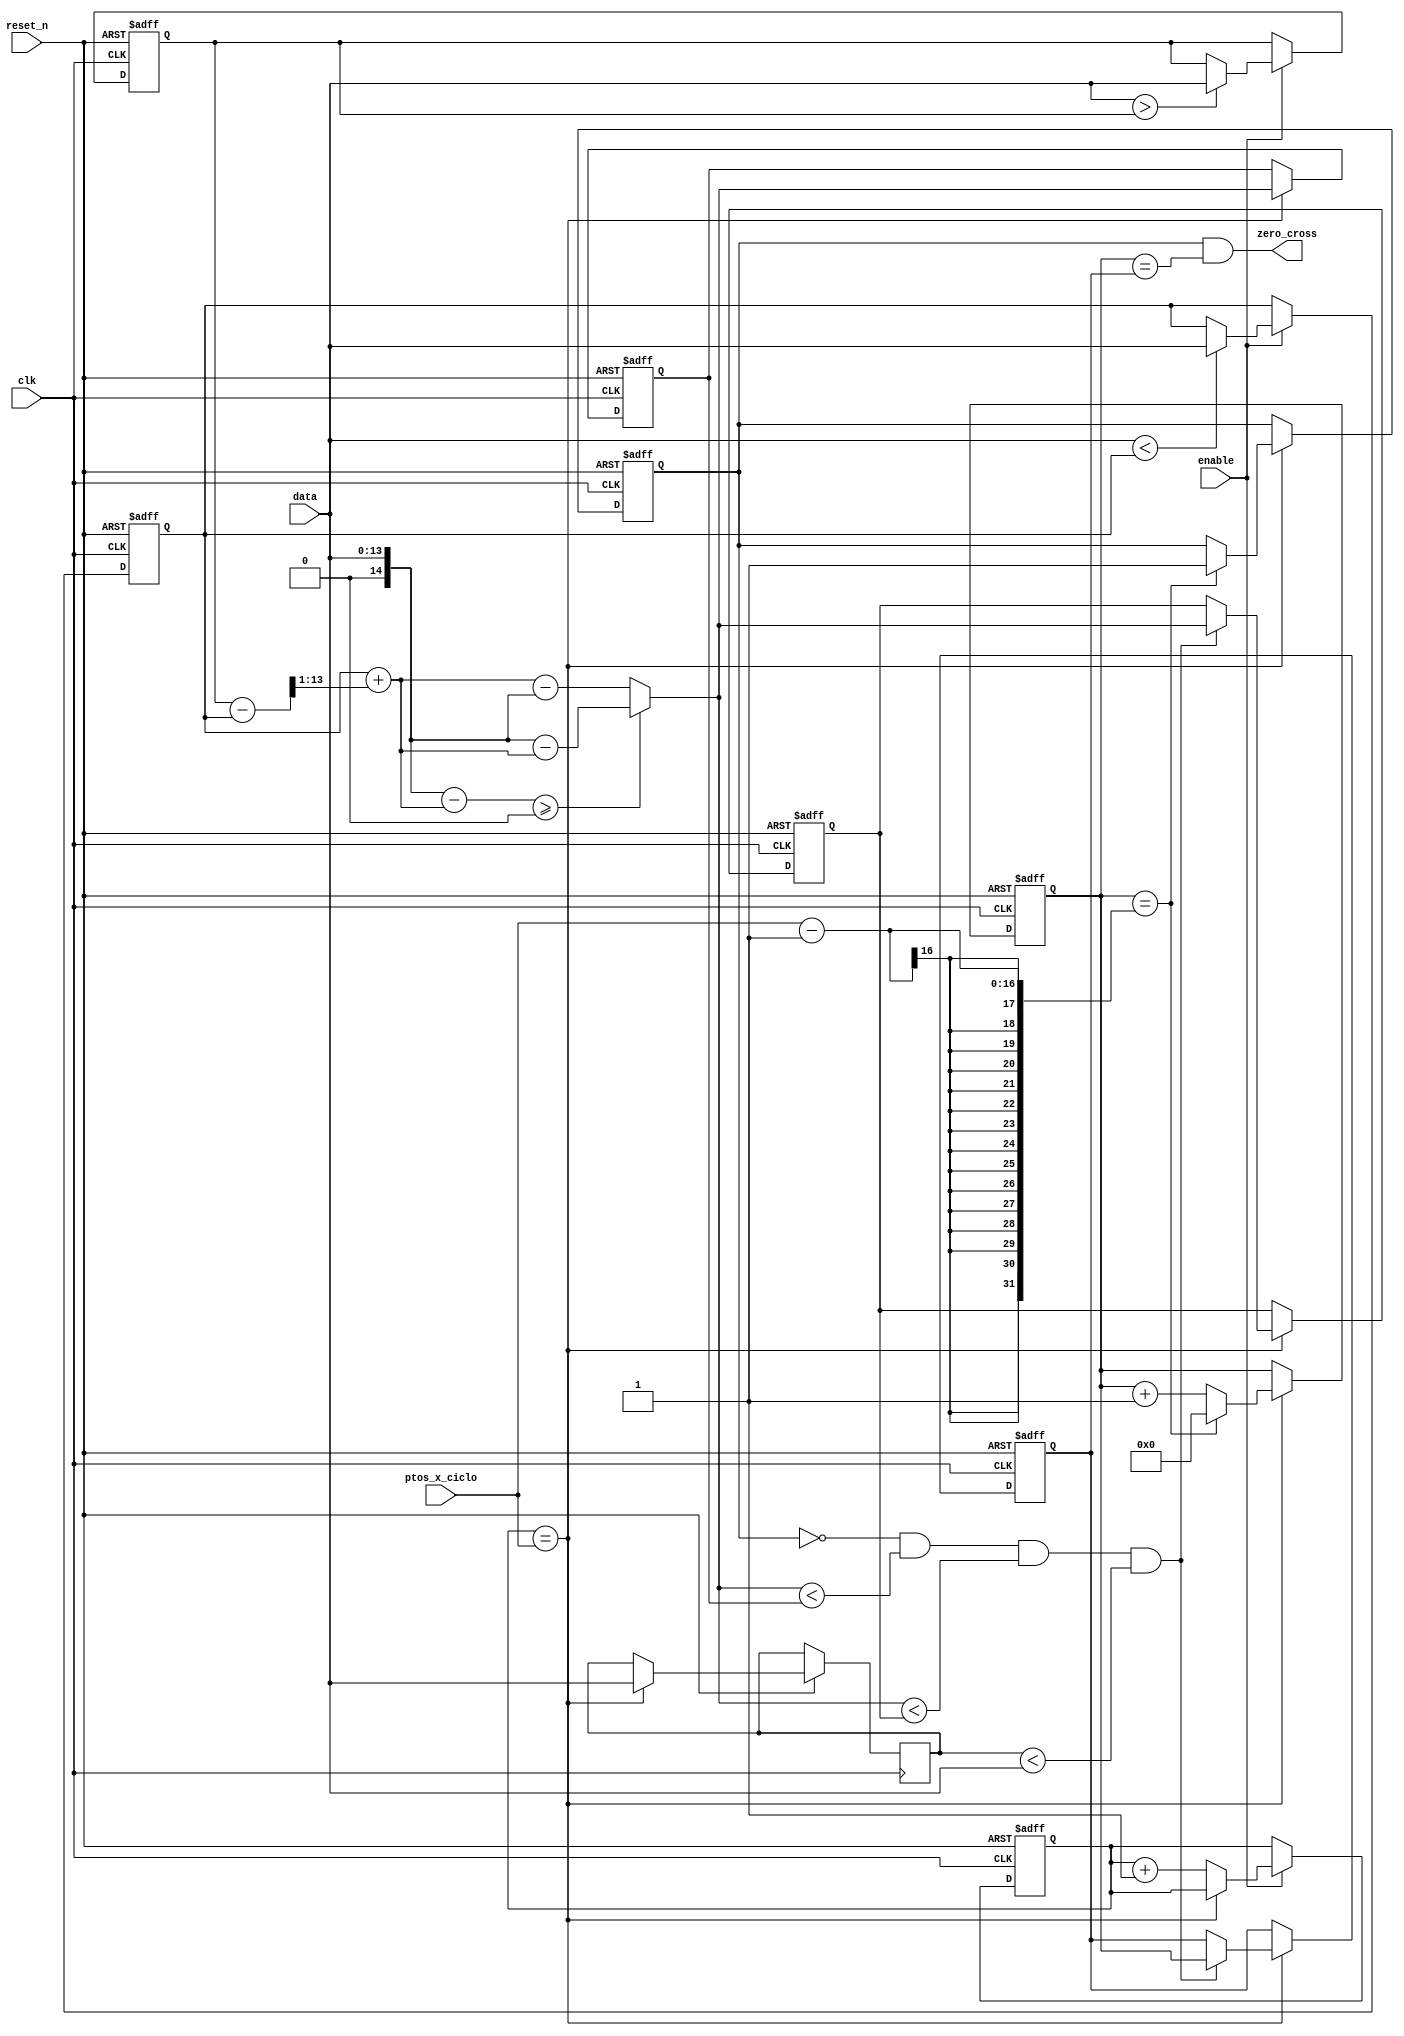

module measure_zero_cross_optimo(

	input clk,
	input enable,
	input reset_n,
	input [15:0] ptos_x_ciclo,

	input [13:0] data,
	output zero_cross
);


reg [13:0] max_data; initial max_data = 0;
reg [13:0] min_data;	initial min_data = 16383;	// Pongo el maximo valor posible como inicial!
reg [15:0] counter;

wire signed [13:0] middle_data; 
	assign middle_data = min_data + ((max_data - min_data) >> 1);
	
wire mid_data_ready;	assign mid_data_ready = (counter == ptos_x_ciclo);

	
// Algoritmos para calcular max_data y min data
always @ (posedge clk or negedge reset_n)
	if(!reset_n)
	begin
		max_data <= 0;
		min_data <= 16383;
		counter <= 0;
	end
	else if(enable)
	begin
		max_data <= (data > max_data) ? data: max_data;
		min_data <= (data < min_data) ? data: min_data;	
		counter <= (counter == ptos_x_ciclo)? counter : counter + 1; 
	end

// Algoritmo para determinar cual dato entrante se acerca mas a middle_data

wire signed [15:0] data_signed = data;

reg signed [14:0] diff_anterior,minima_diferencia;

wire signed [14:0] diff_actual = ((data_signed - middle_data)>=0)? (data_signed - middle_data): (middle_data-data_signed);

reg [7:0] posicion,posicion_media;
reg posicion_ready;

reg [13:0] data_anterior;
wire positive_slope = (data_anterior < data);

always @ (posedge clk or negedge reset_n)
	if(!reset_n)
	begin
		diff_anterior <= 16382;
		minima_diferencia <= 16382;
		posicion <= 0;
		posicion_media <= 0;
		posicion_ready <= 0;
	end
	else if(mid_data_ready)
	begin
		posicion <= (posicion == ptos_x_ciclo-1)? 0: posicion+1;
		
		diff_anterior <= ((data_signed - middle_data)>=0)? (data_signed - middle_data): (middle_data-data_signed);
			
		if((posicion_ready == 0)&& (diff_actual < diff_anterior) && (diff_actual < minima_diferencia)&&(positive_slope))
		begin
			posicion_media <= posicion;
			minima_diferencia <= diff_actual;
		end
		
		posicion_ready <= (posicion == ptos_x_ciclo-1)? 1 : posicion_ready;	
		
		data_anterior <= data;
	end
	
assign zero_cross = (posicion_ready) && (posicion == posicion_media) ;
	
	
	
endmodule